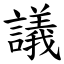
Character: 議